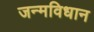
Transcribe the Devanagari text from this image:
जन्मविधान